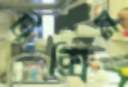
টক্সিন